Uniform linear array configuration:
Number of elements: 24
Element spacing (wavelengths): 0.75
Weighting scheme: hann
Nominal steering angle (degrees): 60
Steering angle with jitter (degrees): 60.136
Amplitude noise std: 0.05
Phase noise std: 0.05

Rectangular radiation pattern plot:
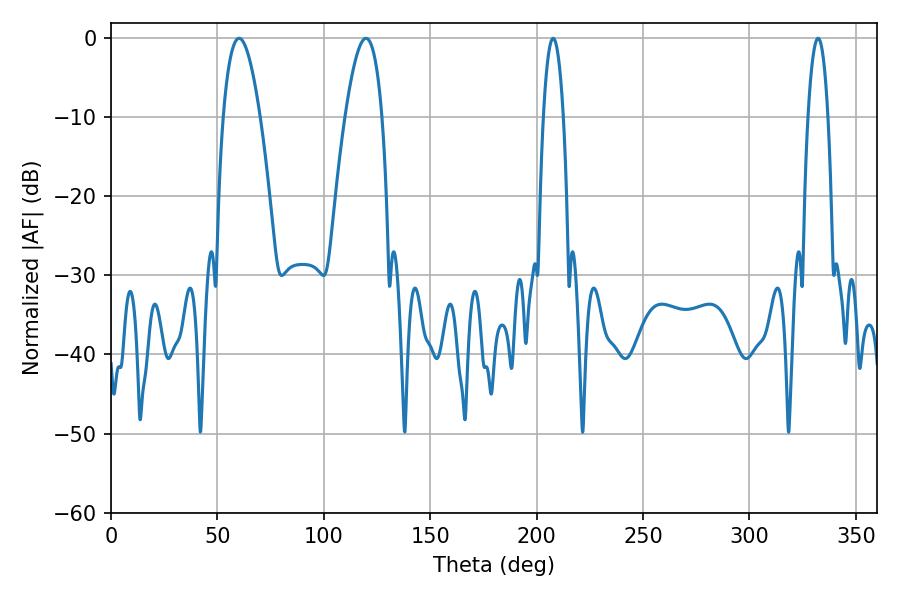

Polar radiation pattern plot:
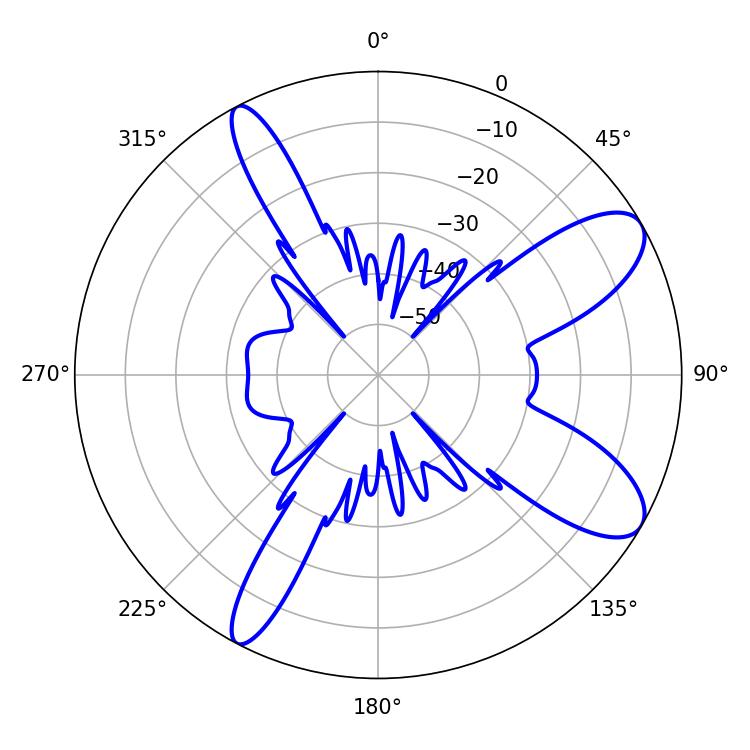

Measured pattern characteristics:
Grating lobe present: TRUE
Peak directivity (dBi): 9.572
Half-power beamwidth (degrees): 9.54
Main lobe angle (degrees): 60.12